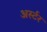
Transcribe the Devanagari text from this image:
अर्स्टर